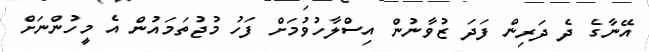
އޭނާގެ ދެ ދަރިން ފަދަ ޒުވާނުން އިސްލާހުވުމަށް ފަހު މުޖުތަމައުން އެ މީހުންނަށް